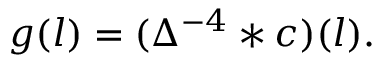
g ( l ) = ( \Delta ^ { - 4 } * c ) ( l ) .